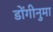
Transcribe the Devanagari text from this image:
डोंगीनुमा